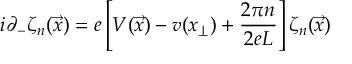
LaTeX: i \partial _ { - } \zeta _ { n } ( \vec { x } ) = e \left[ V ( \vec { x } ) - v ( x _ { \perp } ) + \frac { 2 \pi n } { 2 e L } \right] \zeta _ { n } ( \vec { x } )